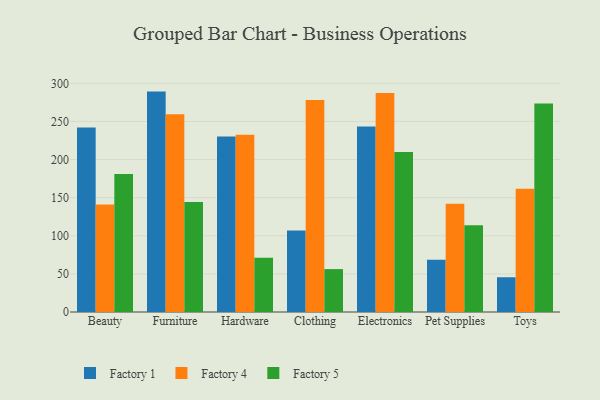
{"axis": {"x": "Category", "y": "Demand Index"}, "legend": ["Factory 1", "Factory 4", "Factory 5"], "data": [{"x": "Beauty", "y": 242.1, "type": "Factory 1"}, {"x": "Beauty", "y": 141.1, "type": "Factory 4"}, {"x": "Beauty", "y": 181.1, "type": "Factory 5"}, {"x": "Furniture", "y": 289.2, "type": "Factory 1"}, {"x": "Furniture", "y": 259.5, "type": "Factory 4"}, {"x": "Furniture", "y": 144.4, "type": "Factory 5"}, {"x": "Hardware", "y": 230.3, "type": "Factory 1"}, {"x": "Hardware", "y": 232.7, "type": "Factory 4"}, {"x": "Hardware", "y": 71.3, "type": "Factory 5"}, {"x": "Clothing", "y": 106.8, "type": "Factory 1"}, {"x": "Clothing", "y": 278.2, "type": "Factory 4"}, {"x": "Clothing", "y": 56.3, "type": "Factory 5"}, {"x": "Electronics", "y": 243.4, "type": "Factory 1"}, {"x": "Electronics", "y": 287.4, "type": "Factory 4"}, {"x": "Electronics", "y": 210.0, "type": "Factory 5"}, {"x": "Pet Supplies", "y": 68.7, "type": "Factory 1"}, {"x": "Pet Supplies", "y": 142.0, "type": "Factory 4"}, {"x": "Pet Supplies", "y": 113.9, "type": "Factory 5"}, {"x": "Toys", "y": 45.6, "type": "Factory 1"}, {"x": "Toys", "y": 161.7, "type": "Factory 4"}, {"x": "Toys", "y": 273.7, "type": "Factory 5"}]}